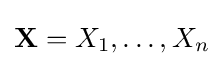
\mathbf {X} =X_{1},\dots ,X_{n}